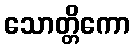
သောတ္တိကော